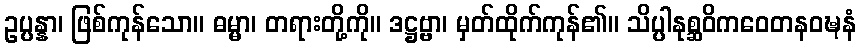
ဥပ္ပန္နာ၊ ဖြစ်ကုန်သော။ ဓမ္မာ၊ တရားတို့ကို။ ဒဋ္ဌဗ္ဗာ၊ မှတ်ထိုက်ကုန်၏။ သိပ္ပါနုစ္ဆဝိကဝေတနဝဍ္ဎနံ